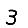
Digit: 3